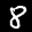
Label: 8